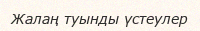
Жалаң туынды үстеулер